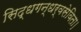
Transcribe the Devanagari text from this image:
सिद्धगन्धर्वसेविता।